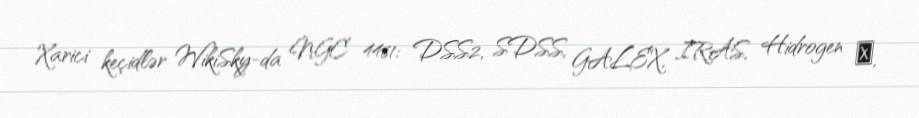
Xarici keçidlər WikiSky-da NGC 4461: DSS2, SDSS, GALEX, IRAS, Hidrogen α,